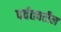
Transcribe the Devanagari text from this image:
पर्वतवरील